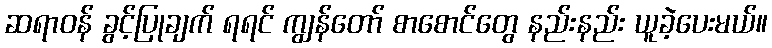
ဆရာဝန် ခွင့်ပြုချက် ရရင် ကျွန်တော် စာစောင်တွေ နည်းနည်း ယူခဲ့ပေးမယ်။